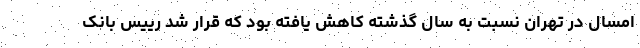
امسال در تهران نسبت به سال گذشته کاهش یافته بود که قرار شد رییس بانک